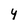
Character: y